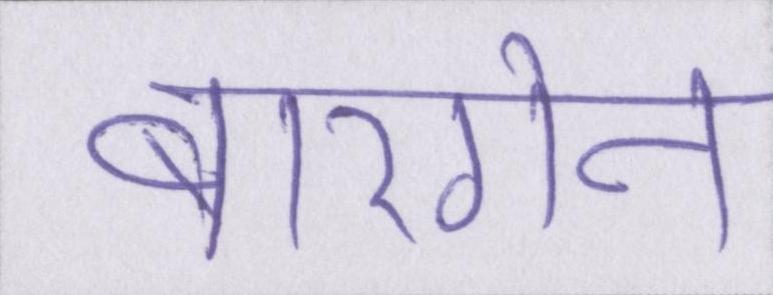
बारगेन